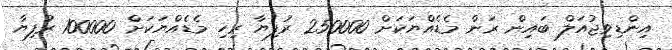
އިންޑިވިޖުއަލް ބައިން ރަން މެޑެއްޔަކަށް 250000 ރުފިޔާ ރިހި މެޑެއްޔަކަށް 100000 ރުފިޔާ